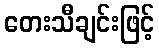
တေးသီချင်းဖြင့်